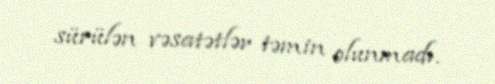
sürülən vəsatətlər təmin olunmadı.